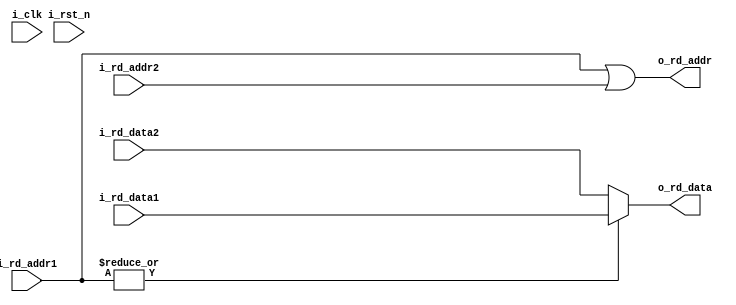
module RB (
    input wire i_clk,
    input wire i_rst_n,
    
    //ex写
    input wire[4:0] i_rd_addr1,
    input wire[31:0] i_rd_data1,
    //mem写
    input wire[4:0] i_rd_addr2,
    input wire[31:0] i_rd_data2,

    output wire[4:0] o_rd_addr,
    output wire[31:0] o_rd_data

);



    assign o_rd_addr = i_rd_addr1 | i_rd_addr2;
    assign o_rd_data = (|i_rd_addr1) ? i_rd_data1 : i_rd_data2 ;
    







    
endmodule